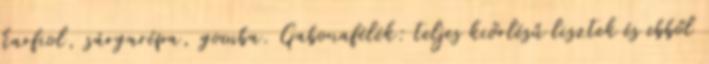
karfiol, sárgarépa, gomba. Gabonafélék: teljes kiőrlésű lisztek és ebből